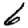
Digit: 6